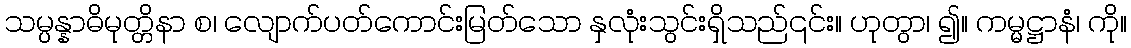
သမ္ပန္နာဓိမုတ္တိနာ စ၊ လျောက်ပတ်ကောင်းမြတ်သော နှလုံးသွင်းရှိသည်၎င်း။ ဟုတွာ၊ ၍။ ကမ္မဋ္ဌာနံ၊ ကို။